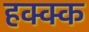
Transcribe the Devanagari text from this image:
हक्क्क